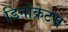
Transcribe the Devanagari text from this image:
डिनोक्रेटस